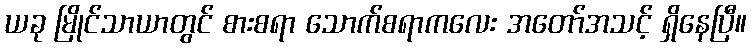
ယခု မြိုင်သာယာတွင် စားစရာ သောက်စရာကလေး အတော်အသင့် ရှိနေပြီ။